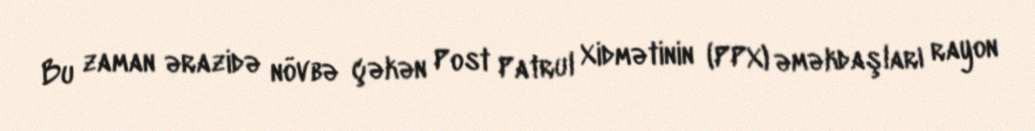
Bu zaman ərazidə növbə çəkən Post Patrul Xidmətinin (PPX) əməkdaşları rayon